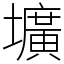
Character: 壙